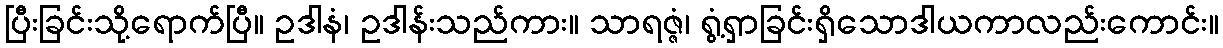
ပြီးခြင်းသို့ရောက်ပြီ။ ဥဒါနံ၊ ဥဒါန်းသည်ကား။ သာရဇ္ဇံ၊ ရွံ့ရှာခြင်းရှိသောဒါယကာလည်းကောင်း။